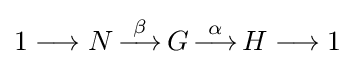
1\longrightarrow N\,{\overset {\beta }{\longrightarrow }}\,G\,{\overset {\alpha }{\longrightarrow }}\,H\longrightarrow 1